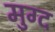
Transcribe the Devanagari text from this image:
मुग्द